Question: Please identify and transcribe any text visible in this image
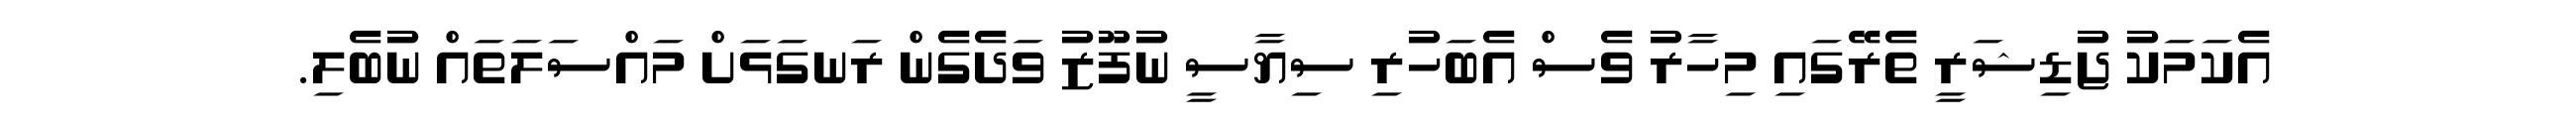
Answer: އެކަމަކު ޖުޑިޝަރީ ތެރޭގައި މިހާރު ވެސް އެބަހުރި ސިޔާސީ ނުފޫޒު ވަދެގެން ރަނގަޅަށް މައްސަލަތައް ނުބެލި.